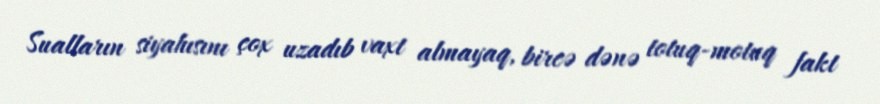
Sualların siyahısını çox uzadıb vaxt almayaq, bircə dənə totuq-motuq fakt